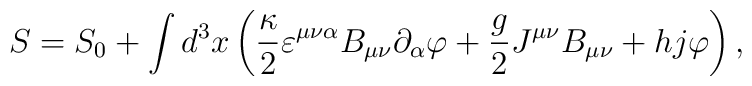
S=S_0+\int d^3x\left( \frac \kappa 2\varepsilon ^{\mu \nu \alpha }B_{\mu \nu}\partial _\alpha \varphi +\frac g2J^{\mu \nu }B_{\mu \nu }+hj\varphi\right) ,